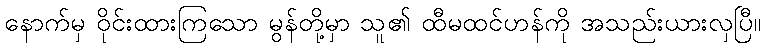
နောက်မှ ဝိုင်းထားကြသော မွန်တို့မှာ သူ၏ ထီမထင်ဟန်ကို အသည်းယားလှပြီ။